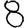
Digit: 8